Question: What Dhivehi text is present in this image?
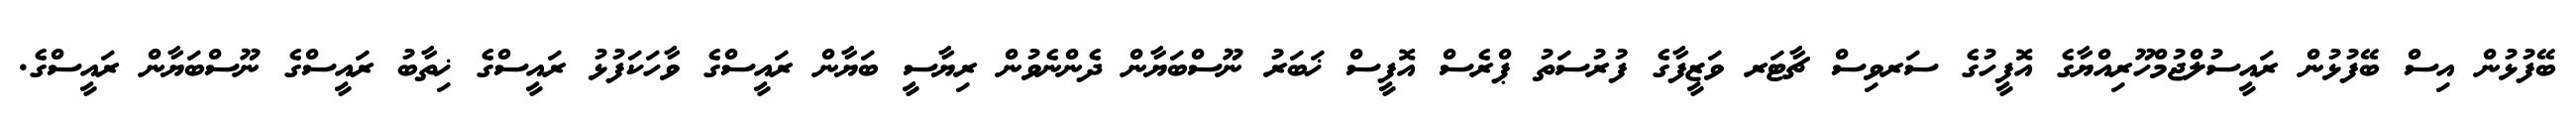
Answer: ބޭފުޅުން އިސް ބޭފުޅުން ރައީސުލްޖުމްހޫރިއްޔާގެ އޮފީހުގެ ސަރވިސް ޗާޓަރ ވަޒީފާގެ ފުރުސަތު ޕްރެސް އޮފީސް ޚަބަރު ނޫސްބަޔާން ދެންނެވުން ރިޔާސީ ބަޔާން ރައީސްގެ ވާހަކަފުޅު ރައީސްގެ ޚިތާބު ރައީސްގެ ނޫސްބަޔާން ރައީސްގެ.